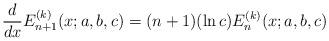
LaTeX: \begin{align*}\frac{d}{dx}{E}^{(k)}_{n+1}(x;a,b,c)=(n+1)(\ln c){E}^{(k)}_{n}(x;a,b,c)\end{align*}